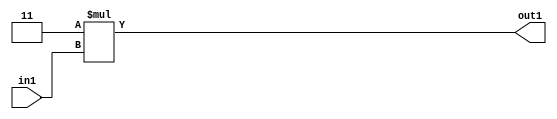
`timescale 1ps / 1ps
/*****************************************************************************
    Verilog RTL Description
    
    
    Created by: Stratus DpOpt 21.05.01 
*******************************************************************************/

module SobelFilter_Mul2i3u2_4 (
	in1,
	out1
	); /* architecture "behavioural" */ 
input [1:0] in1;
output [3:0] out1;
wire [3:0] asc001;

assign asc001 = 
	+(4'B0011 * in1);

assign out1 = asc001;
endmodule

/* CADENCE  urb3Sws= : u9/ySxbfrwZIxEzHVQQV8Q== ** DO NOT EDIT THIS LINE ******/